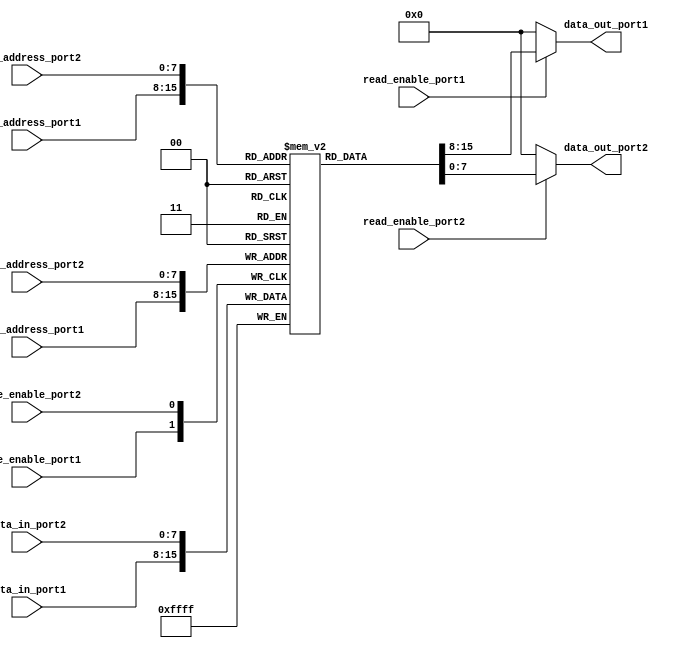
module dual_port_ram(
    input [7:0] read_address_port1,
    input [7:0] write_address_port1,
    input [7:0] data_in_port1,
    input write_enable_port1,
    input read_enable_port1,
    output reg [7:0] data_out_port1,
    
    input [7:0] read_address_port2,
    input [7:0] write_address_port2,
    input [7:0] data_in_port2,
    input write_enable_port2,
    input read_enable_port2,
    output reg [7:0] data_out_port2
);

reg [7:0] memory [0:255];

always @(*) begin
    data_out_port1 = (read_enable_port1) ? memory[read_address_port1] : 8'b0;
    data_out_port2 = (read_enable_port2) ? memory[read_address_port2] : 8'b0;
end

always @(posedge write_enable_port1) begin
    memory[write_address_port1] <= data_in_port1;
end

always @(posedge write_enable_port2) begin
    memory[write_address_port2] <= data_in_port2;
end

endmodule